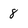
Character: 8